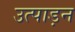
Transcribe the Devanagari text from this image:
उत्पाड़न